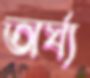
অর্ঘ্য